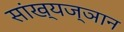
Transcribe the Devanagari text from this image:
सांख्यज्ञान